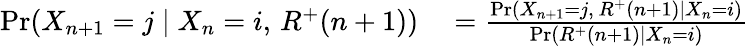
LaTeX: \begin{array}{rl}{\operatorname{\mathrm{Pr}}(X_{n+1}=j\mid X_{n}=i,\, R^{+}(n+1))}&{{}=\frac{\operatorname{\mathrm{Pr}}(X_{n+1}=j,\, R^{+}(n+1)\mid X_{n}=i)}{\operatorname{\mathrm{Pr}}(R^{+}(n+1)\mid X_{n}=i)}}\end{array}